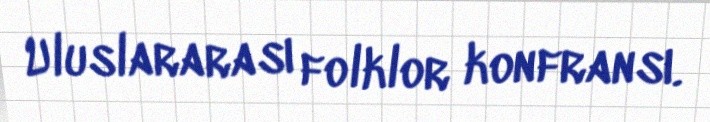
Uluslararası folklor konfransı.